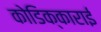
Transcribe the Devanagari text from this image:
कोडिक्काराई